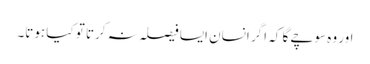
اور وہ سوچے گا کہ اگر انسان ایسا فیصلہ نہ کرتا تو کیا ہوتا۔